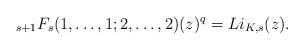
LaTeX: \begin{align*} _{s+1}F_s(1, \ldots, 1;2, \ldots, 2)(z)^q=Li_{K,s}(z).\end{align*}